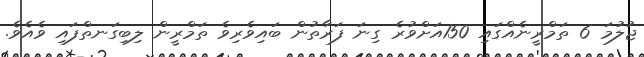
ޖުލުމަ 6 ތަމްރީނެއްގައި 150އަށްވުރެ ގިނަ ފަރާތުން ބައިވެރިވެ ތަމްރީން ލިބިގަނތްފައި ވެއެވެ.